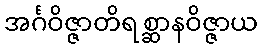
အင်္ဂဝိဇ္ဇာတိရစ္ဆာနဝိဇ္ဇာယ